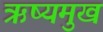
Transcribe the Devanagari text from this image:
ऋष्यमुख